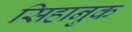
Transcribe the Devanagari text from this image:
सिहानुक